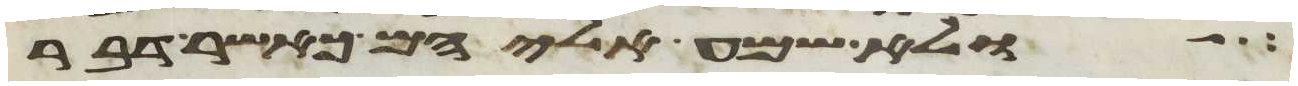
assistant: ולא שמע אליהם כאשר דבר